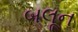
બલૂન